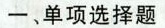
一、单项选择题